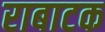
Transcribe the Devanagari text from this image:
राबाटक